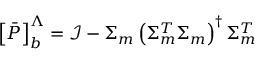
\left[ \bar { P } \right] _ { b } ^ { \Lambda } = \mathcal { I } - \Sigma _ { m } \left( \Sigma _ { m } ^ { T } \Sigma _ { m } \right) ^ { \dagger } \Sigma _ { m } ^ { T }